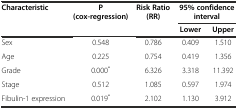
| <ROWSPAN=2> Characteristic | <ROWSPAN=2> P (cox-regression) | <ROWSPAN=2> Risk Ratio (RR) | <COLSPAN=2> 95% confidence interval |
 | Lower | Upper |
 | --- | --- | --- | --- | --- |
 | Sex | 0.548 | 0.786 | 0.409 | 1.510 |
 | Age | 0.225 | 0.754 | 0.419 | 1.356 |
 | Grade | 0.000* | 6.326 | 3.318 | 11.392 |
 | Stage | 0.512 | 1.085 | 0.597 | 1.974 |
 | Fibulin-1 expression | 0.019* | 2.102 | 1.130 | 3.912 |